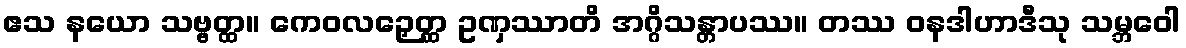
ဧသ နယော သဗ္ဗတ္ထ။ ကေဝလဉှေတ္ထ ဥဏှဿာတိ အဂ္ဂိသန္တာပဿ။ တဿ ဝနဒါဟာဒီသု သမ္ဘဝေါ